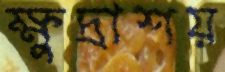
ক্ষুদ্রাশয়